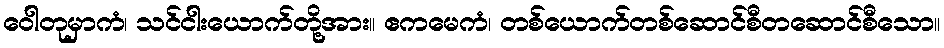
ဝေါတုမှာကံ၊ သင်ငါးယောက်တို့အား။ ဧကမေကံ၊ တစ်ယောက်တစ်ဆောင်စီတဆောင်စီသော။